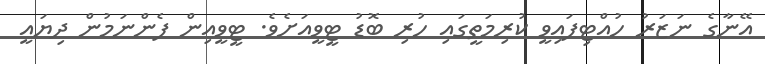
އޭނާގެ ނަޒަރު ހުއްޓިފައިވީ ކުރިމަތީގައި ހުރި ބޮޑު ޓީވީއަށެވެ. ޓީވީއިން ފެންނަމުން ދިޔައީ